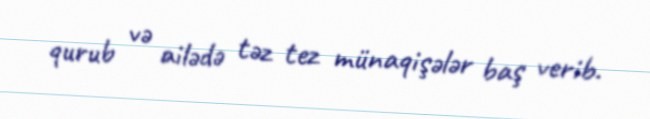
qurub və ailədə təz tez münaqişələr baş verib.